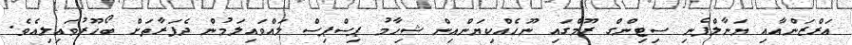
އަރްޒަންއާއި ޔަނާލްފެނި ސިޓިންގް ރޫމްގައި ނޫހެއްކިޔަންއިން ޝިހާމު ޕިސްޕިސް ލައްވައިލަމުން ދެފަރާތަށް ބޯހޫރުވައިލިއެވެ.